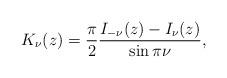
LaTeX: \begin{align*}K_\nu(z) = \frac{\pi}{2} \frac{I_{-\nu}(z) - I_\nu(z)}{\sin \pi \nu},\end{align*}